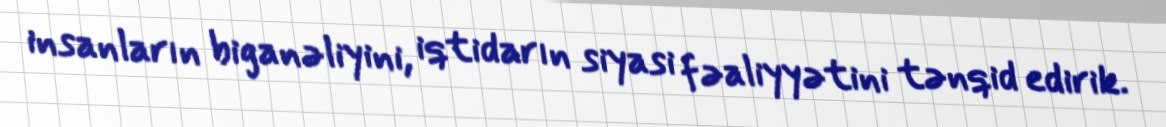
insanların biganəliyini, iqtidarın siyasi fəaliyyətini tənqid edirik.